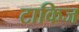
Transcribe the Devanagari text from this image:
टाकिज